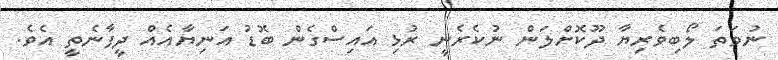
ނުވަތަ ލޯބިވެރިޔާ ދޫކޮށްލަން ނުކެރެނީ ރުޅި އައިސްގެން ބޮޑު އަނިޔާއެއް ދީފާނެތީ އެވެ.